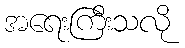
အရေးကြီးသလို